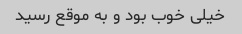
خیلی خوب بود و به موقع رسید